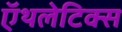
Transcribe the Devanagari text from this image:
ऍथलेटिक्स